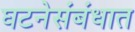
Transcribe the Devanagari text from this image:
घटनेसंबंधात